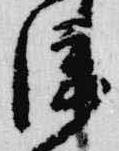
淳